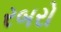
રબરો